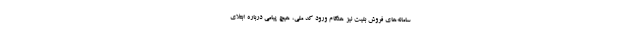
سامانه‌های فروش بلیت نیز هنگام ورود کد ملی، هیچ پیامی درباره ابتلای